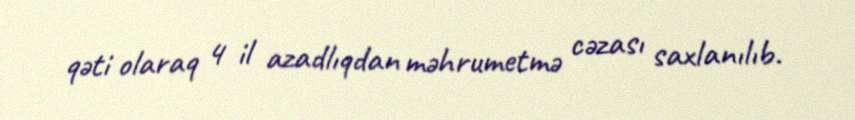
qəti olaraq 4 il azadlıqdan məhrumetmə cəzası saxlanılıb.